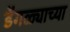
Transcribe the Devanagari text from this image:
डेंगळ्याच्या